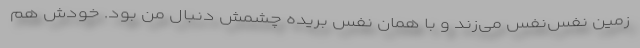
زمین نفس‌نفس می‌زند و با همان نفس بریده چشمش دنبال من بود. خودش هم